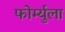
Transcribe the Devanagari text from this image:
फोर्म्युला